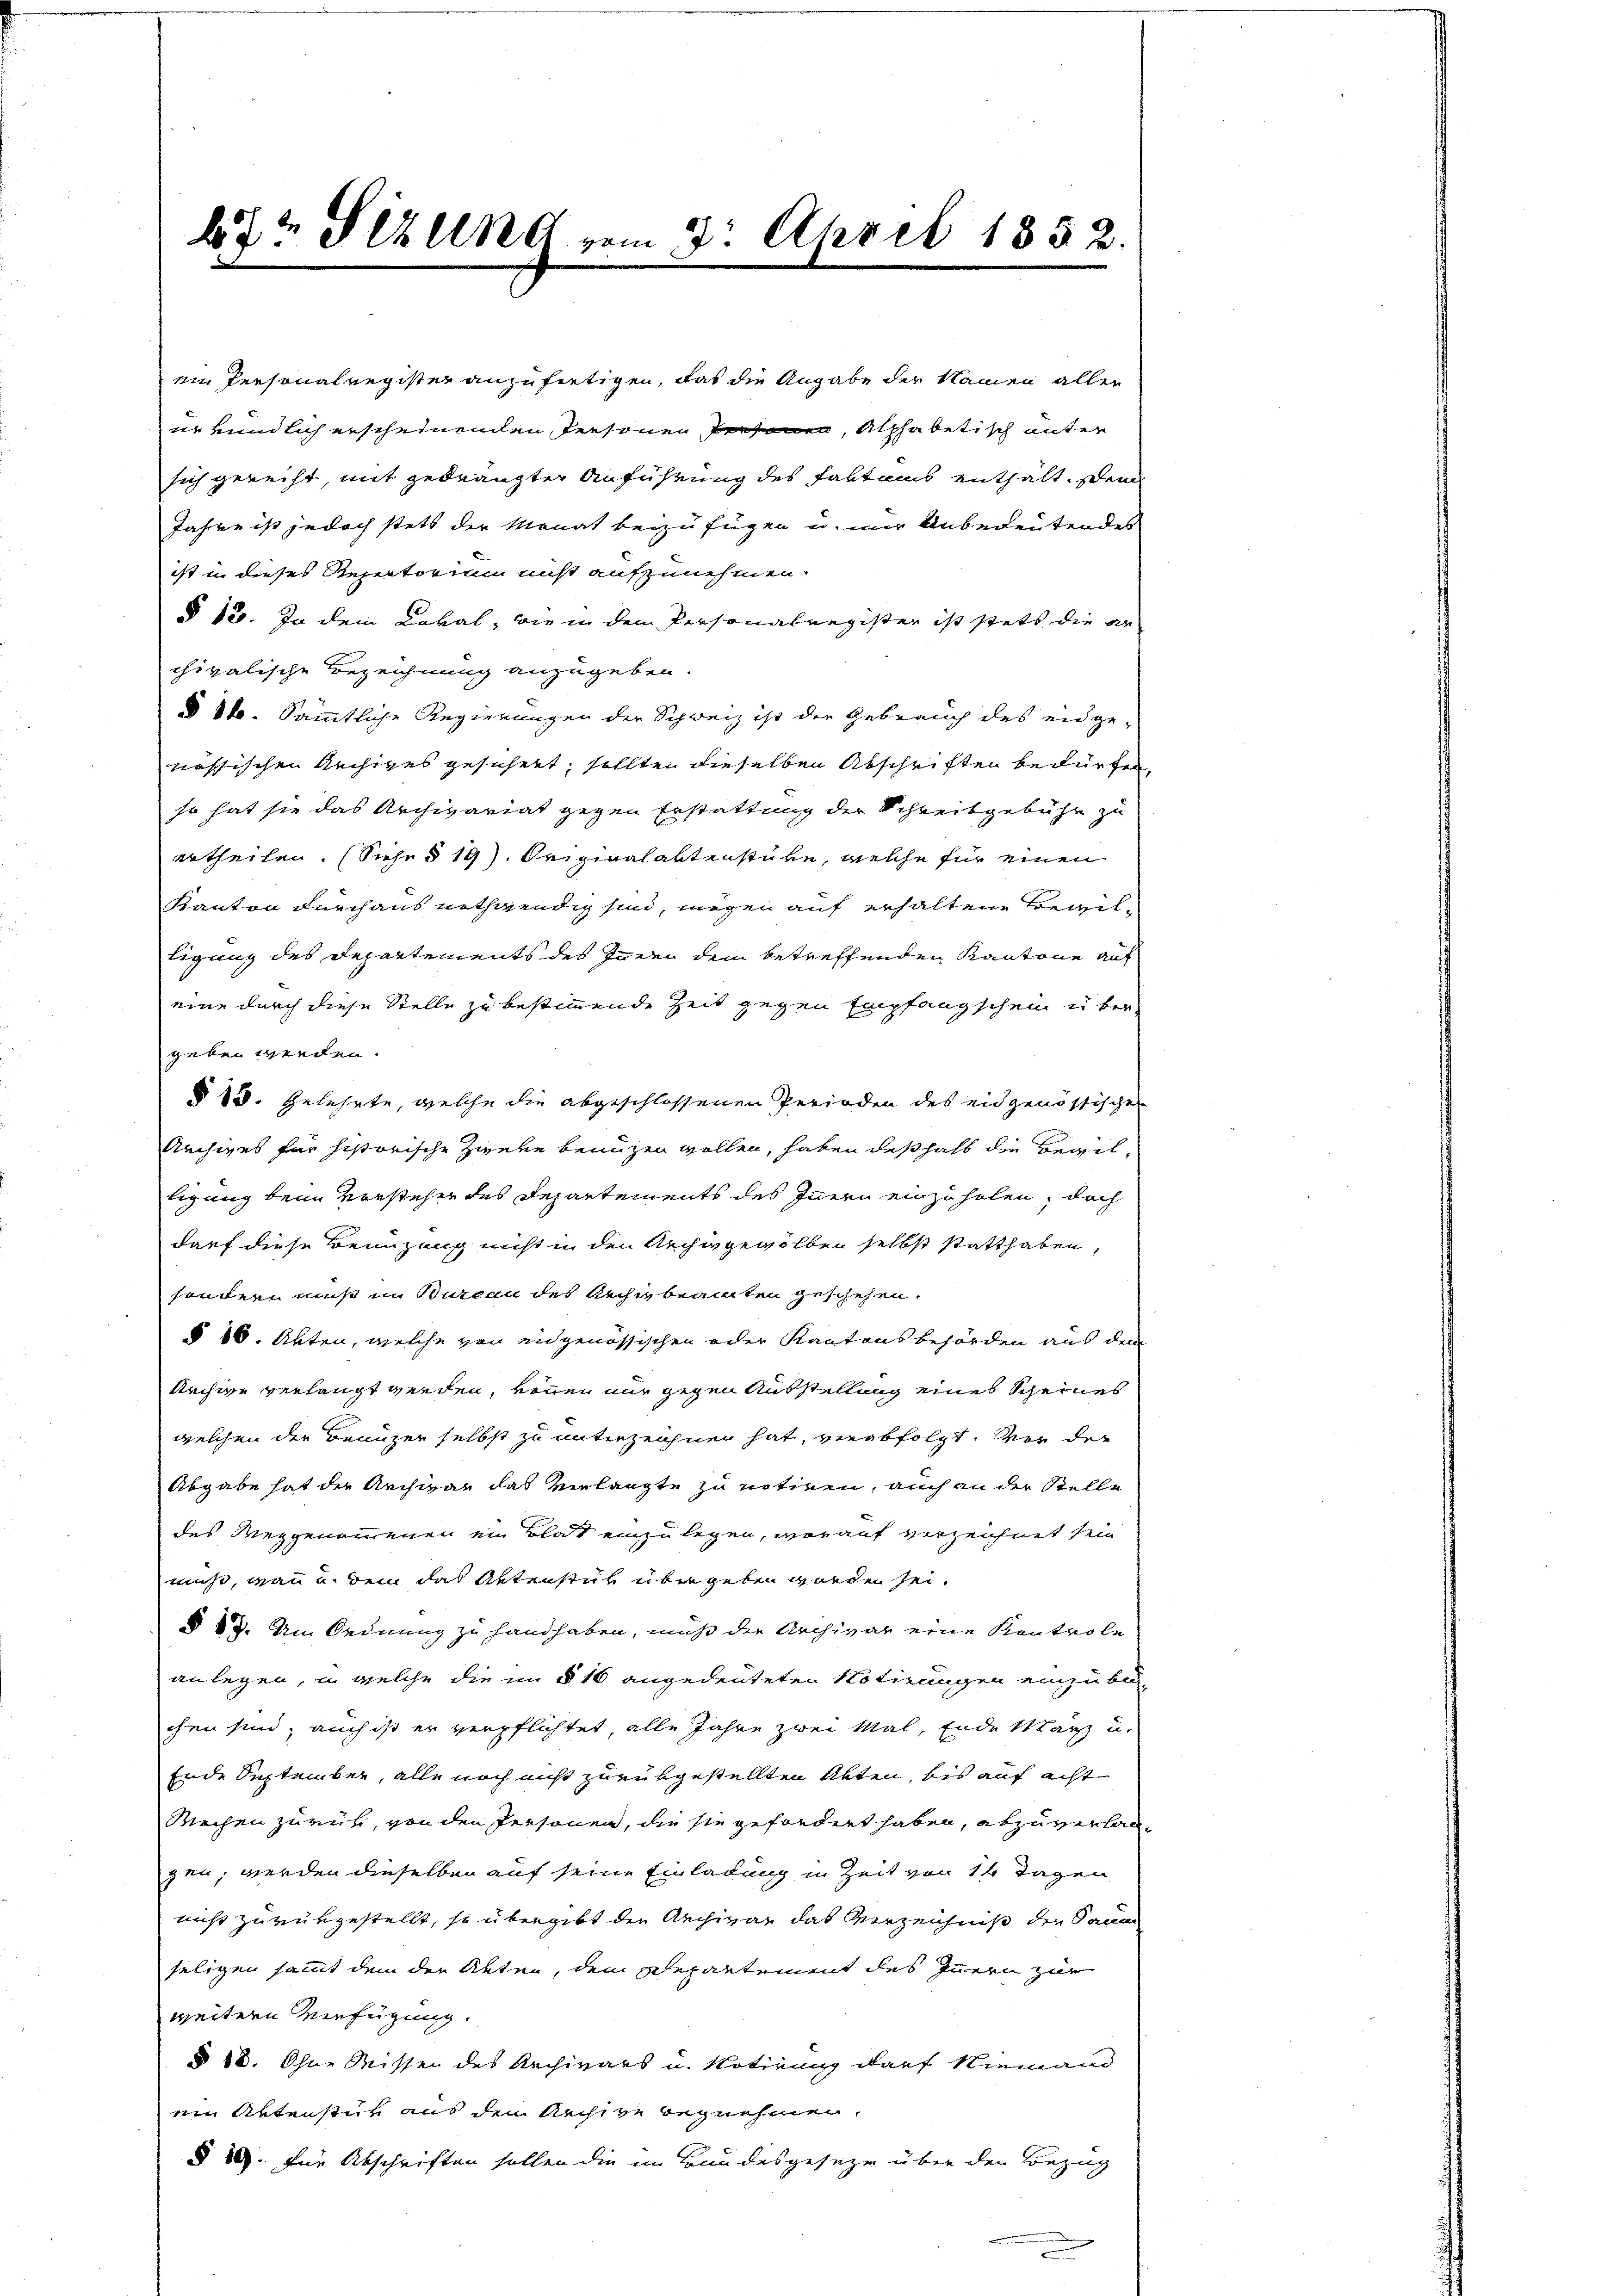
bt? Sizung vom 2. April 1852.

ein Personalregister anzufertigen, das die Angabe der Namen aller
er rundlich erscheinenden Personen Personen, Alphabetisch unter
sich gerecht, mit gedrängter Anführung des Faktums enthält, sein
Jahre ist jedoch stets der Monat beizufügen u. mir Unbedeutendes
ist in dieses Repertorium nicht aufzunehmen.
§ 155. In dem Caval, wie in dem Personalregister ist stets die ar
chivalische Bezeichnung anzugeben.
§ 84. Sämmtliche Regierungen der Schweiz ist der Gebrauch des eidge-
nössischen Archiges gesichert, sollten dieselben Abschriften bedürfen,
so hat sie das Archivariat gegen Erstattung der Schreibgebühr zu
ertheilen. (Siehe § 19). Originalaktenstube, welche für einen
Kanton durchaus nothwendig sind, mögen auf erhaltene Bewil-
tigung des Departements des Innen dem betreffenden Kantone auf
eine durch diese Stelle zu bestimmende Zeit gegen Empfangschein übergeben werden.
§ 18. Gelehrte, welche die abgeschlossenen Perioden des eidgenössischen
Archives für historische Zweke benuzen wollen, haben deßhalb die Begil-
tigung beim Versteher des Departements des Innern einzuholen, doch
darf diese Benuzung nicht in den Archiv gewölben selbst statthaben,
sondern muß in Bureau des Archig beamten geschehen.
§ 10. Akten, welche von eidgenössischen oder Kantons behörden aus dem
Archive verlangt werden, wonnen nur gegen Ausstellung eines Scheines
welchen der Benuzer selbst zu unterzeichnen hat, verabfolgt. Vor der
Abgabe hat die Archivar das Verlangte zu notiren, auch an der Stelle
des Weggenommenen ein Blat einzulegen, worauf verzeichnet sein
muß, wann u. bei das Aktenstück übergeben worden sei.
§ 83. Um Ordnung zu handhaben, muß die Archivar eine Kontrole
anlegen, in welche die im § 16 angedeuteten Notirungen einzube-
chen sind; auch ist er verpflichtet, alle Jahre zwei Mal, Ende März u.
Ende September, alle noch nicht zurükgestellten Akten, bis auf acht
Mechen zurück, von den Personen, die sie gefordert haben, abzuverlangen, werden dieselben auf seine Einladung in Zeit von 14 Tagen
nicht zu vergestellt, so übergibt die Archivar das Verzeichniß der Saum
seligen sammt dem der Akten, dem Departement des Innern zur
weitern Verfügung.
§ 18. Ohne Missen des Archivars u. Notirung darf Niemand
ein Artenstur aus dem Archive begnehmen.
§ 26. für Abschriften sollen die im Bundesgeseze über den Bezug